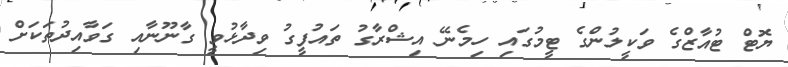
ޔޮޓް ޓުއާޒްގެ ވަކީލުންގެ ޓީމުގައި ހިމެނޭ އިޝްރާގު ތައުފީގު ވިދާޅުވީ ގާނޫނާއި ގަވާއިދުތަކަށް